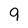
Character: q